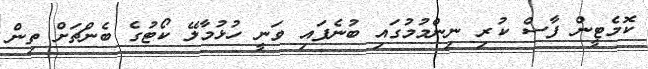
ކޮމެޓީން ފާސް ކުރި ނިންމުމުގައި ބުނެފައި ވަނީ ހުޅުމާލޭ ކޯޓުގެ ބެންޗަށް ތިން